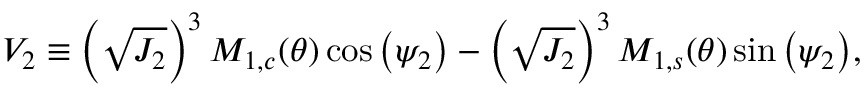
V _ { 2 } \equiv \left( \sqrt { J _ { 2 } } \right) ^ { 3 } M _ { 1 , c } ( \theta ) \cos { \left( \psi _ { 2 } \right) } - \left( \sqrt { J _ { 2 } } \right) ^ { 3 } M _ { 1 , s } ( \theta ) \sin { \left( \psi _ { 2 } \right) } ,